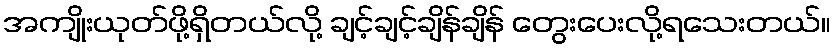
အကျိုးယုတ်ဖို့ရှိတယ်လို့ ချင့်ချင့်ချိန်ချိန် တွေးပေးလို့ရသေးတယ်။